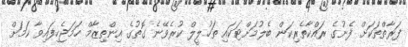
ފަރާތްތަކަށް ފެނުގެ ރައްކާތެރިކަން ބެލުމަށްޓަކައި ތަހުލީލް ކުރެވޭނެ ގޮތުގެ އިންތިޒާމް ހަމަޖެހިފައިވާ ކަމަށް